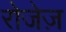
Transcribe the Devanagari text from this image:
रोजेज़